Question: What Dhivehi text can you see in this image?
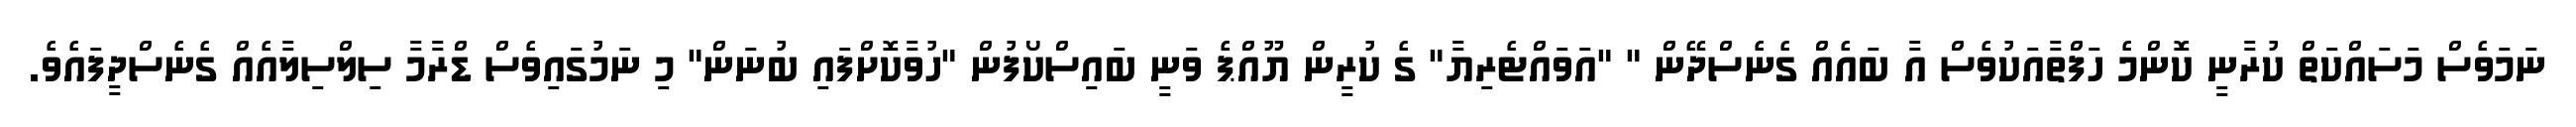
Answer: ނަމަވެސް މަސައްކަތް ކުރާނީ ކޮންމެ ހަފްތާއަކުވެސް އާ ބައެއް ގެނެސްދޭން " "އަވައްޓެރިޔާ" ގެ ކުރީން ޔޫއްޕެ ވަނީ ބައިސްކޯފުން "ހުވާކޮށްފައި ބުނަން" މި ނަމުގައިވެސް ޑްރާމާ ސިލްސިލާއެއް ގެނެސްދީފައެވެ.